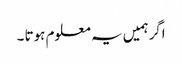
اگرہمیں یہ معلوم ہوتا ۔